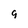
Character: 9